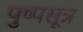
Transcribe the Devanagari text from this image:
पुष्पसूत्र